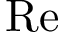
\mathrm { R e }